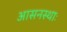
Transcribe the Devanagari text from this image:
आसनस्थाः